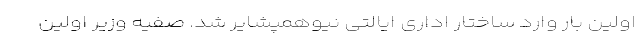
اولین بار وارد ساختار اداری ایالتی نیوهمپشایر شد. صفیه وزیر اولین